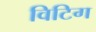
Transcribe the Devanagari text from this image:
विटिग